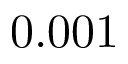
0 . 0 0 1